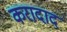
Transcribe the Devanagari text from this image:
करादाद